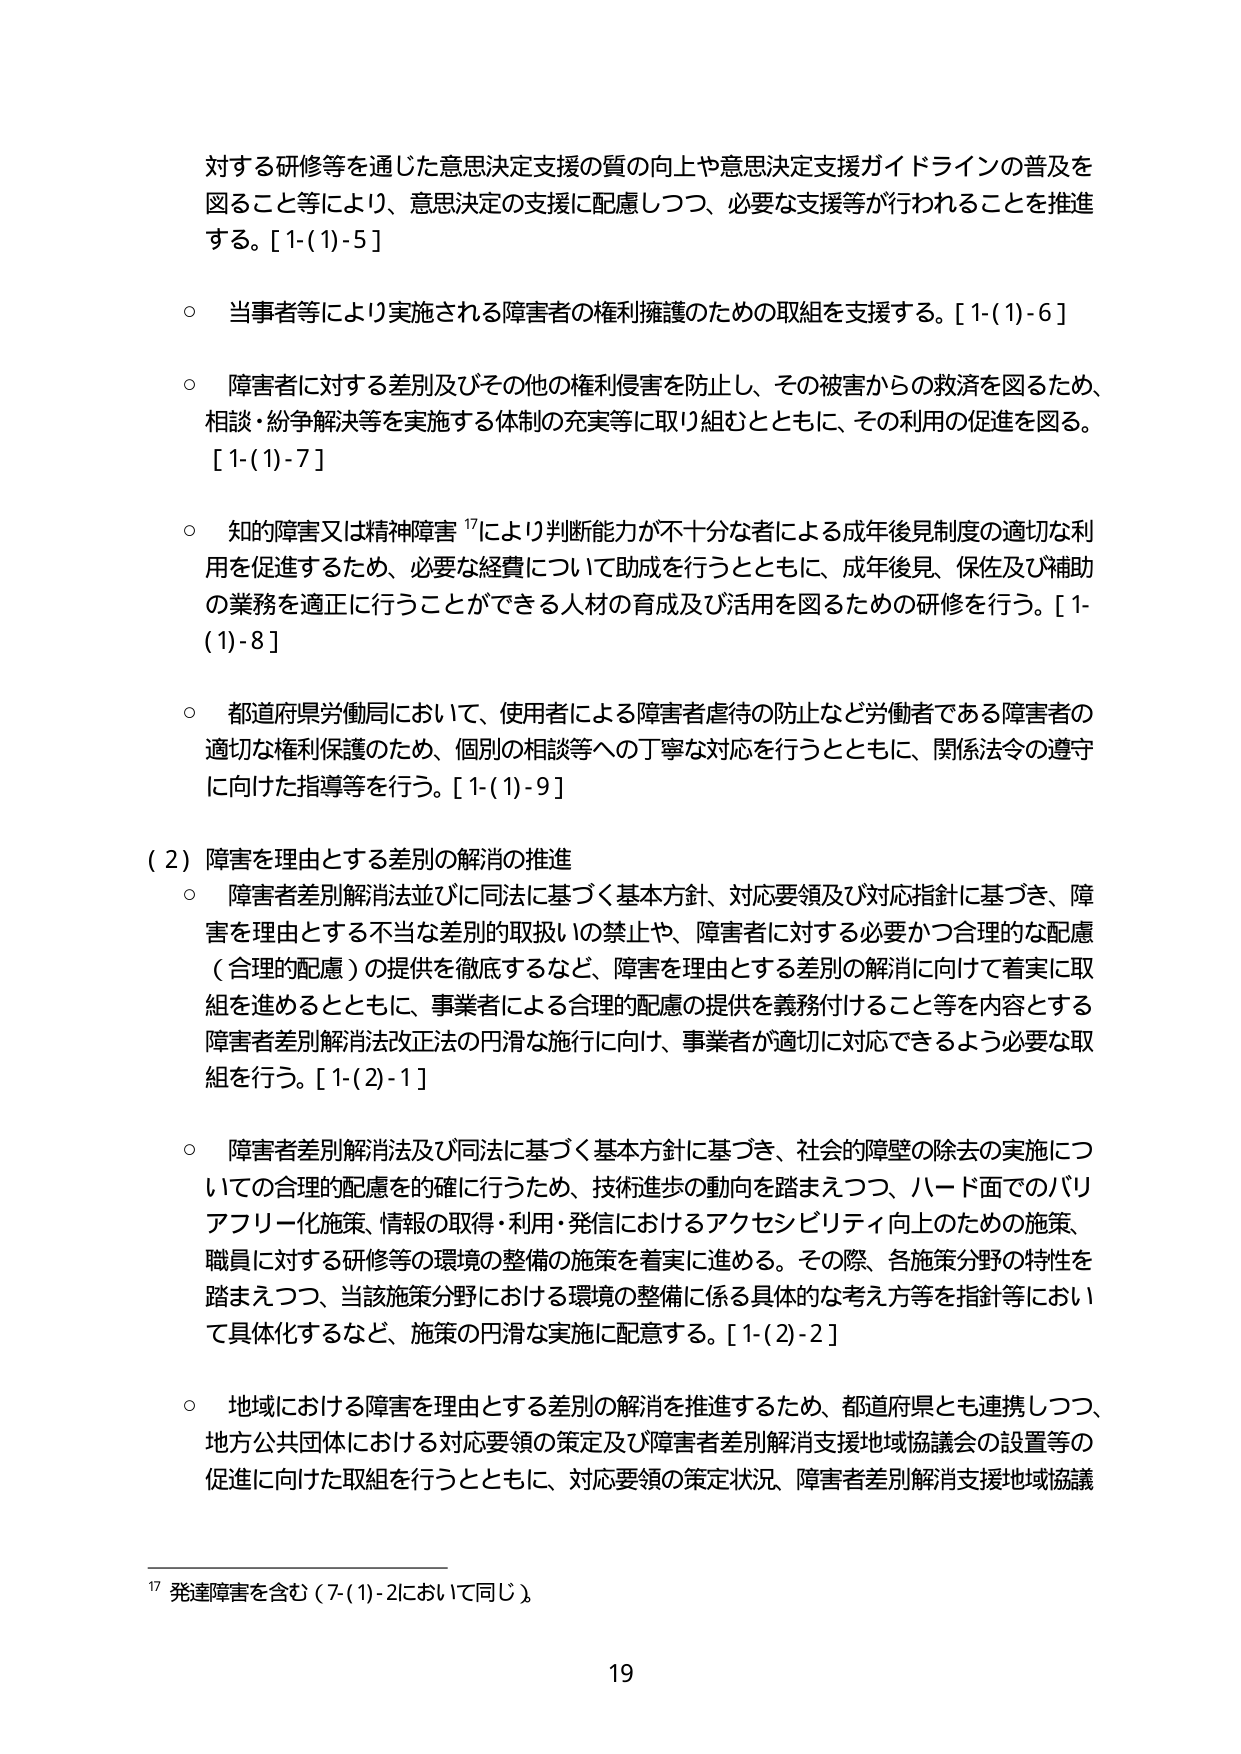
対する研修等を通じた意思決定支援の質の向上や意思決定支援ガイドラインの普及を
図ること等により、意思決定の支援に配慮しつつ、必要な支援等が行われることを推進
する。[1-(1)-5]

○ 当事者等により実施される障害者の権利擁護のための取組を支援する。[1-(1)-6]

○ 障害者に対する差別及びその他の権利侵害を防止し、その被害からの救済を図るため、
相談・紛争解決等を実施する体制の充実等に取り組むとともに、その利用の促進を図る。
[1-(1)-7]

○ 知的障害又は精神障害¹⁷により判断能力が不十分な者による成年後見制度の適切な利
用を促進するため、必要な経費について助成を行うとともに、成年後見、保佐及び補助
の業務を適正に行うことができる人材の育成及び活用を図るための研修を行う。[1-
(1)-8]

○ 都道府県労働局において、使用者による障害者虐待の防止など労働者である障害者の
適切な権利保護のため、個別の相談等への丁寧な対応を行うとともに、関係法令の遵守
に向けた指導等を行う。[1-(1)-9]

(2) 障害を理由とする差別の解消の推進
○ 障害者差別解消法並びに同法に基づく基本方針、対応要領及び対応指針に基づき、障
害を理由とする不当な差別的取扱いの禁止や、障害者に対する必要かつ合理的な配慮
（合理的配慮）の提供を徹底するなど、障害を理由とする差別の解消に向けて着実に取
組を進めるとともに、事業者による合理的配慮の提供を義務付けること等を内容とする
障害者差別解消法改正法の円滑な施行に向け、事業者が適切に対応できるよう必要な取
組を行う。[1-(2)-1]

○ 障害者差別解消法及び同法に基づく基本方針に基づき、社会的障壁の除去の実施につ
いての合理的配慮を的確に行うため、技術進歩の動向を踏まえつつ、ハード面でのバリ
アフリー化施策、情報の取得・利用・発信におけるアクセシビリティ向上のための施策、
職員に対する研修等の環境の整備の施策を着実に進める。その際、各施策分野の特性を
踏まえつつ、当該施策分野における環境の整備に係る具体的な考え方等を指針等におい
て具体化するなど、施策の円滑な実施に配意する。[1-(2)-2]

○ 地域における障害を理由とする差別の解消を推進するため、都道府県とも連携しつつ、
地方公共団体における対応要領の策定及び障害者差別解消支援地域協議会の設置等の
促進に向けた取組を行うとともに、対応要領の策定状況、障害者差別解消支援地域協議

¹⁷ 発達障害を含む（7-(1)-2において同じ）。

19